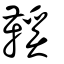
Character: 鞵